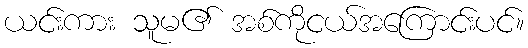
ယင်းကား သူမ၏ အစ်ကိုငယ်အကြောင်းပင်။